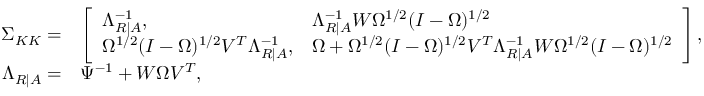
\begin{array} { r l } { \Sigma _ { K K } = } & { \left[ \begin{array} { l l } { \Lambda _ { R | A } ^ { - 1 } , } & { \Lambda _ { R | A } ^ { - 1 } W \Omega ^ { 1 / 2 } ( I - \Omega ) ^ { 1 / 2 } } \\ { \Omega ^ { 1 / 2 } ( I - \Omega ) ^ { 1 / 2 } V ^ { T } \Lambda _ { R | A } ^ { - 1 } , } & { \Omega + \Omega ^ { 1 / 2 } ( I - \Omega ) ^ { 1 / 2 } V ^ { T } \Lambda _ { R | A } ^ { - 1 } W \Omega ^ { 1 / 2 } ( I - \Omega ) ^ { 1 / 2 } } \end{array} \right] , } \\ { \Lambda _ { R | A } = } & { \Psi ^ { - 1 } + W \Omega V ^ { T } , } \end{array}